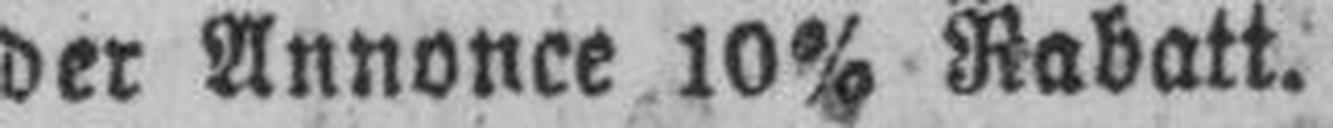
der Annonce 10% Rabatt.